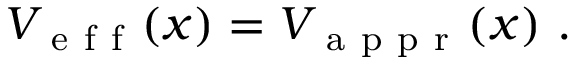
V _ { \mathrm { ~ e ~ f ~ f ~ } } ( x ) = V _ { \mathrm { ~ a ~ p ~ p ~ r ~ } } ( x ) \mathrm { ~ . ~ }